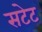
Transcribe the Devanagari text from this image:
सटेट